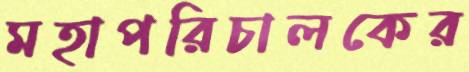
মহাপরিচালকের